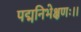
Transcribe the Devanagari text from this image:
पद्मनिभेक्षणः।।